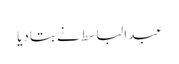
عبدالباسط نے بتادیا